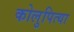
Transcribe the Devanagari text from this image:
कोलुपित्या